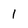
Character: 1